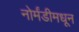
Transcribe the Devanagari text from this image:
नोर्मंडीमधून